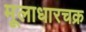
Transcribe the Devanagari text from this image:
मूलाधारचक्र